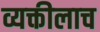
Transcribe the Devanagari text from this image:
व्यक्तीलाच